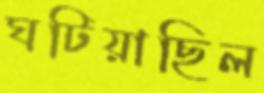
ঘটিয়াছিল